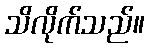
သိလိုက်သည်။